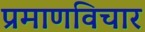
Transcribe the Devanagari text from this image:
प्रमाणविचार